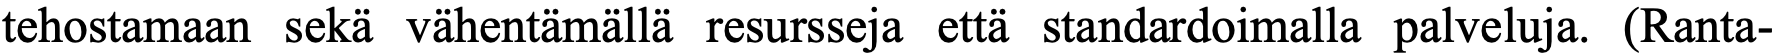
tehostamaan sekä vähentämällä resursseja että standardoimalla palveluja. (Ranta-